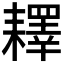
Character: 𦔥